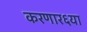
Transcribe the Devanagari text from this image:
करणार६या